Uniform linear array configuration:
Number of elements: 32
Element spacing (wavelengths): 0.75
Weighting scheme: cosine
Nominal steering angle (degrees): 0
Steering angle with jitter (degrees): -1.777
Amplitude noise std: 0.05
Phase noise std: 0.05

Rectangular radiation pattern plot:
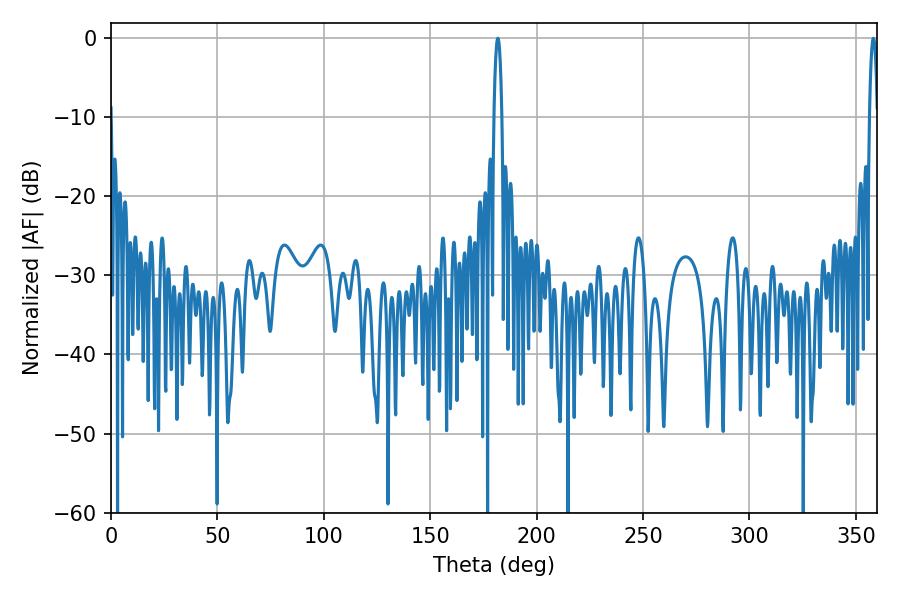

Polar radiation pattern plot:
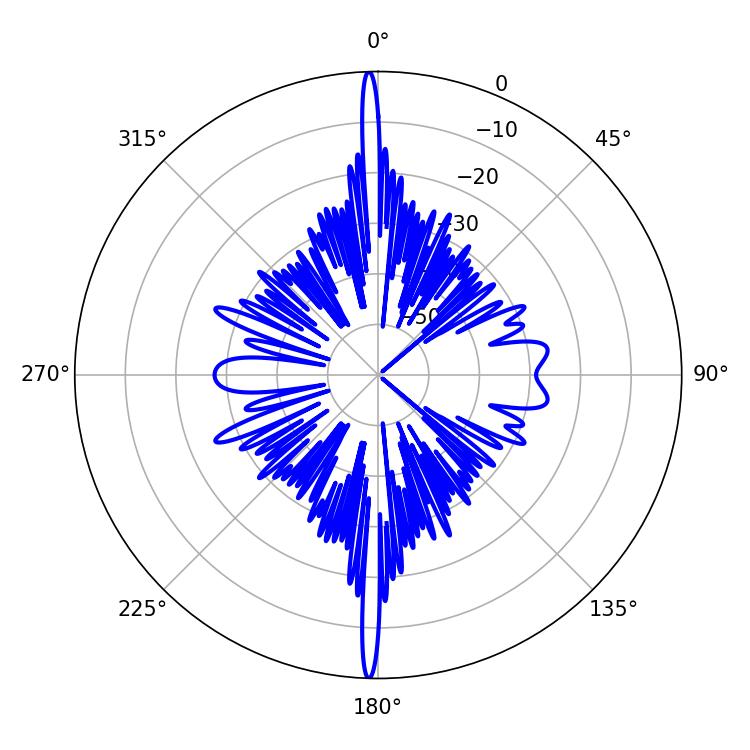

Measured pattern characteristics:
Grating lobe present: TRUE
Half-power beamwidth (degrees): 2.16
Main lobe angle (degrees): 181.8